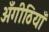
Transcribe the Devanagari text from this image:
अँगीठियाँ